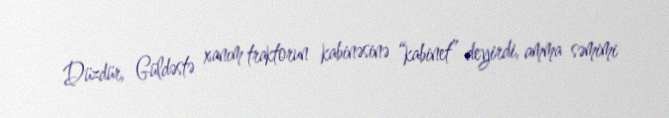
Düzdür, Güldəstə xanım traktorun kabinəsinə “kabinet” deyirdi, amma səmimi